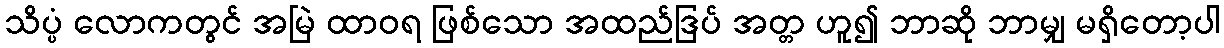
သိပ္ပံ လောကတွင် အမြဲ ထာဝရ ဖြစ်သော အထည်ဒြပ် အတ္တ ဟူ၍ ဘာဆို ဘာမျှ မရှိတော့ပါ